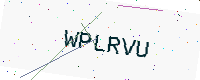
Text: WPLRVU